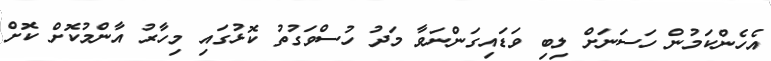
އެހެންކަމުން ހަސަނަށް ލިބި ވަޑައިގަންނަވާ މަދު ހުސްވަގުތު ކޮޅުގައި މިހާރު އާންމުކޮށް ކޮށް